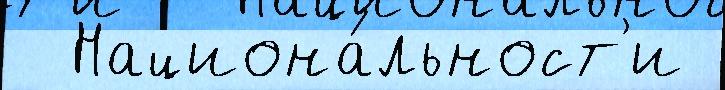
  Национа́льност'и